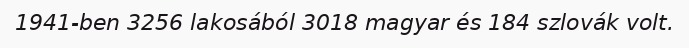
1941-ben 3256 lakosából 3018 magyar és 184 szlovák volt.